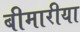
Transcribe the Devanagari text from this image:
बीमारीया